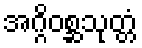
အဂ္ဂိဝစ္ဆသုတ္တံ